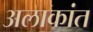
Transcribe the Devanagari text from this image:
अलाकांत